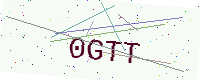
Text: 0GTT